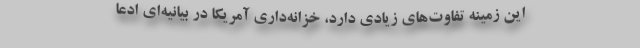
این زمینه تفاوت‌های زیادی دارد، خزانه‌داری آمریکا در بیانیه‌ای ادعا